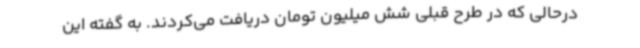
درحالی که در طرح قبلی شش میلیون تومان دریافت می‌کردند. به گفته این